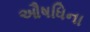
ઔષધિના